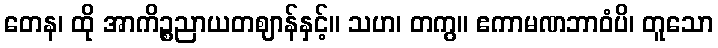
တေန၊ ထို အာကိဉ္စညာယတဈာန်နှင့်။ သဟ၊ တကွ။ ဧကာမဏဘာဝံပိ၊ တူသော